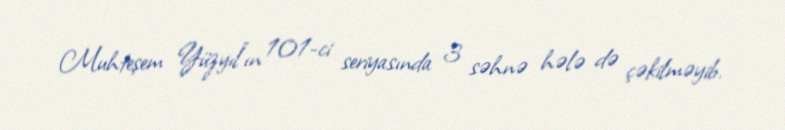
Muhteşem Yüzyıl"ın 101-ci seriyasında 3 səhnə hələ də çəkilməyib.